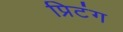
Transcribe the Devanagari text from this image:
प्रिटंग